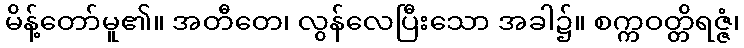
မိန့်တော်မူ၏။ အတီတေ၊ လွန်လေပြီးသော အခါ၌။ စက္ကဝတ္တိရဇ္ဇံ၊